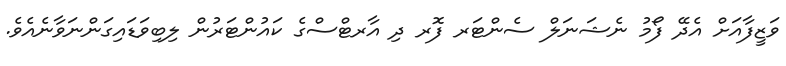
ވަޒީފާއަށް އެދޭ ފޯމު ނެޝަނަލް ސެންޓަރ ފޮރ ދި އާރޓްސްގެ ކައުންޓަރުން ލިބިވަޑައިގަންނަވާނެއެވެ.